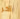
آخر